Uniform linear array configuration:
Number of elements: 64
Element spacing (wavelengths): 0.25
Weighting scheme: exponential
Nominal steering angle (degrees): -60
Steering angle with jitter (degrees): -58.629
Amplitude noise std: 0.05
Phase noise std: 0.05

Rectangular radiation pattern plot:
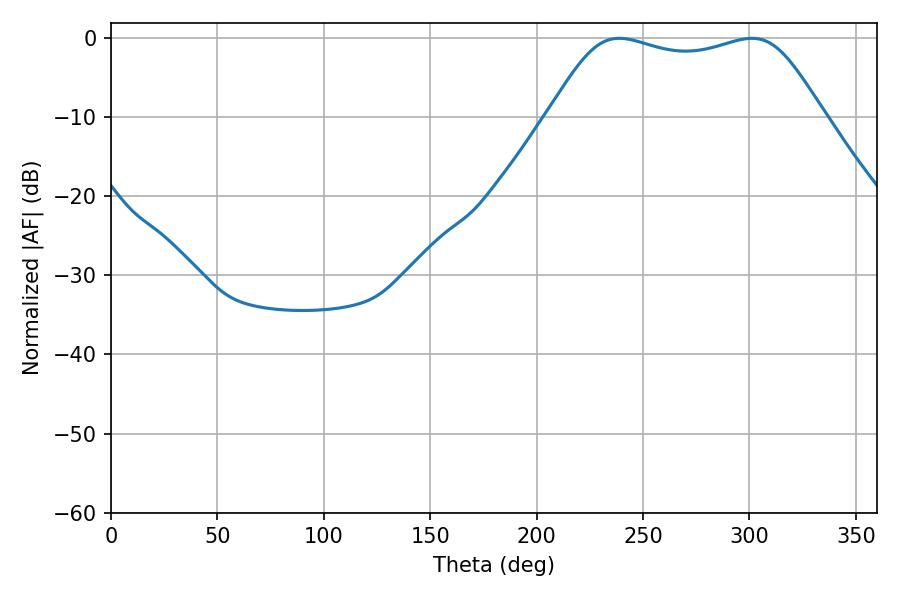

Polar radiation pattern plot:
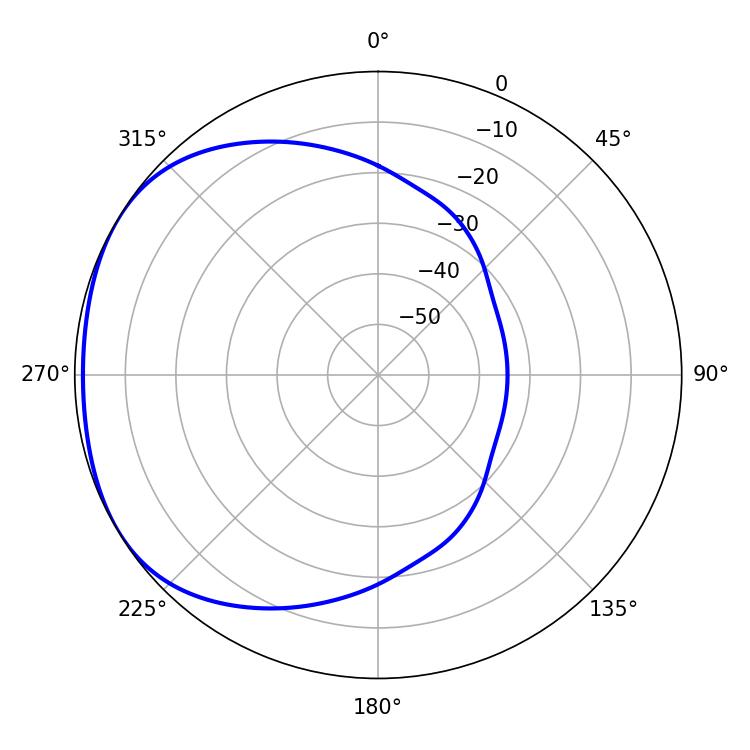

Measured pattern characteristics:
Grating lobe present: FALSE
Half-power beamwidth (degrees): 98.64
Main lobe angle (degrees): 238.86